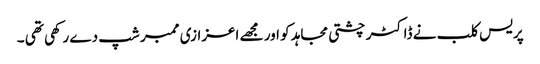
پریس کلب نے ڈاکٹر چشتی مجاہد کو اور مجھے اعزازی ممبر شپ دے رکھی تھی ۔